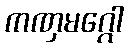
ကဏှမဂ္ဂေါ